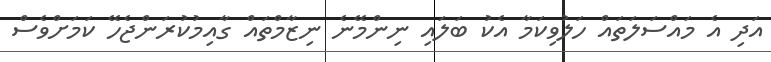
އަދި އެ މައްސަލަތައް ހަލުވިކަމާ އެކު ބަލައި ނިންމޭނެ ނިޒާމްތައް ގާއިމުކުރަންޖެހޭ ކަމަށްވެސް